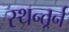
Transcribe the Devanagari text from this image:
स्थन्तर्र्न